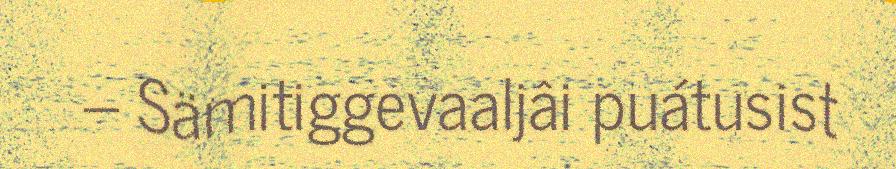
– Sämitiggevaaljâi puátusist